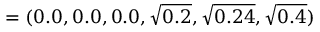
= ( 0 . 0 , 0 . 0 , 0 . 0 , \sqrt { 0 . 2 } , \sqrt { 0 . 2 4 } , \sqrt { 0 . 4 } )